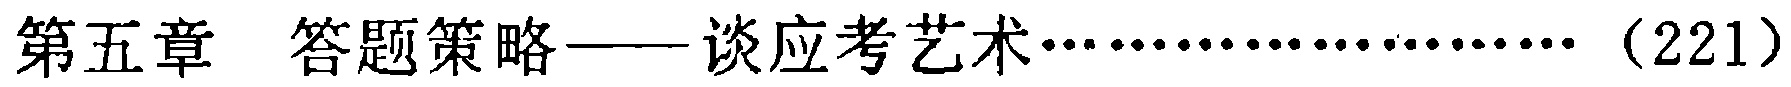
第五章 答题策略——谈应考艺术……（221）